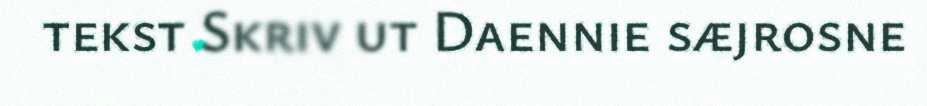
tekst Skriv ut Daennie sæjrosne